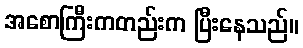
အစောကြီးကတည်းက ပြီးနေသည်။